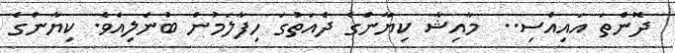
ދޮންތަ އައިއްސި..  މާއިޝާ ކިޔާންގެ ދެއަތުގަ ހިފާލަމުން ބުނެލިއެވެ. ކިޔާންގެ